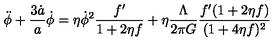
\ddot { \phi } + \frac { 3 \dot { a } } { a } \dot { \phi } = \eta \dot { \phi } ^ { 2 } \frac { f ^ { \prime } } { 1 + 2 \eta f } + \eta \frac { \Lambda } { 2 \pi G } \frac { f ^ { \prime } ( 1 + 2 \eta f ) } { ( 1 + 4 \eta f ) ^ { 2 } }